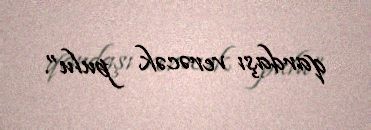
qardaşı verəcək pulu”.